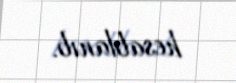
hesablanıb.